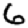
Digit: 6